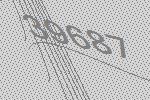
39687